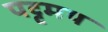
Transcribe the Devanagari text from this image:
पट्टमय